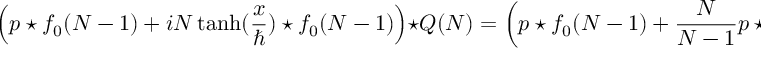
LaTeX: \left( p \star f _ { 0 } ( N - 1 ) + i N \operatorname { t a n h } ( { \frac { x } { \hbar } } ) \star f _ { 0 } ( N - 1 ) \right) \star Q ( N ) = \left( p \star f _ { 0 } ( N - 1 ) + { \frac { N } { N - 1 } } p \star f _ { 0 } ( N - 1 ) \right) \star Q ( N )